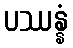
ပဿန္နံ